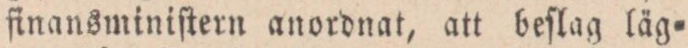
finansminiſtern anordnat, att beſlag läg=